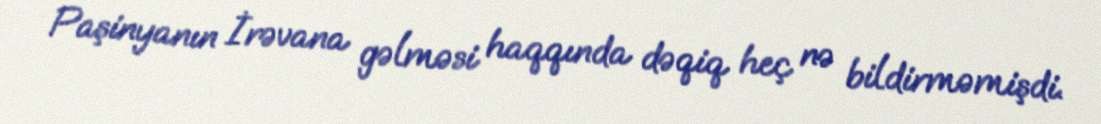
Paşinyanın İrəvana gəlməsi haqqında dəqiq heç nə bildirməmişdi.